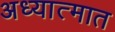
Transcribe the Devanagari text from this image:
अध्यात्मात